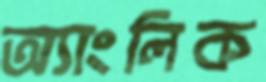
অ্যাংলিক